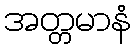
အတ္တမာနံ